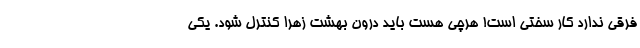
فرقی ندارد کار سختی است! هرچی هست باید درون بهشت زهرا کنترل شود. یکی